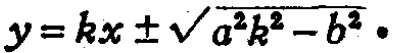
\(y = kx\pm\sqrt{a^{2}k^{2}-b^{2}}\)